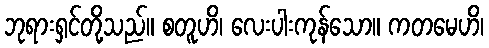
ဘုရားရှင်တို့သည်။ စတူဟိ၊ လေးပါးကုန်သော။ ကတမေဟိ၊